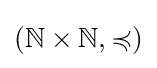
(\mathbb {N} \times \mathbb {N} ,\preccurlyeq )